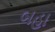
બહા